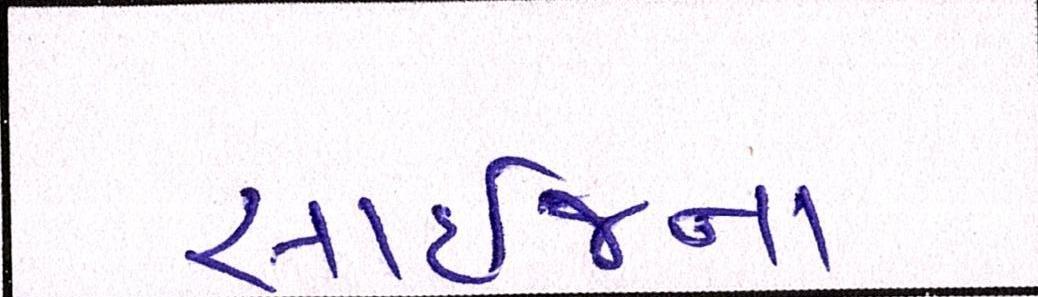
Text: સાઈજના